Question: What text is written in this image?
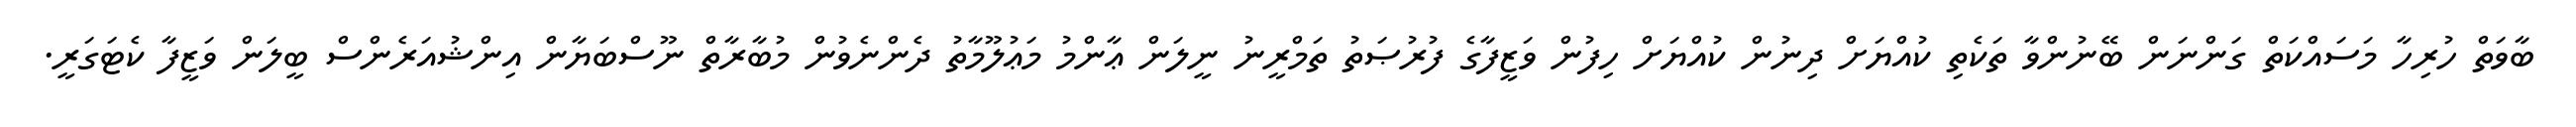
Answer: ބާވަތް ހުރިހާ މަސައްކަތް ގަންނަން ބޭނުންވާ ތަކެތި ކުއްޔަށް ދިނުން ކުއްޔަށް ހިފުން ވަޒީފާގެ ފުރުޞަތު ތަމްރީނު ނީލަން ޢާންމު މަޢުލޫމާތު ދެންނެވުން މުބާރާތް ނޫސްބަޔާން އިންޝުއަރެންސް ބީލަން ވަޒީފާ ކެޓަގަރީ.